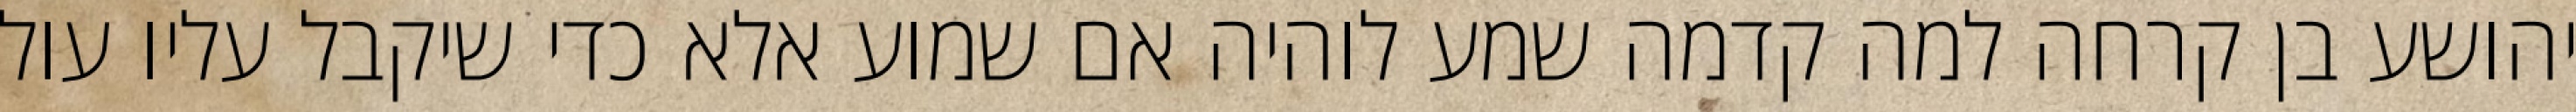
יהושע בן קרחה למה קדמה שמע לוהיה אם שמוע אלא כדי שיקבל עליו עול